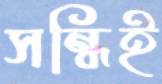
সন্ধিই